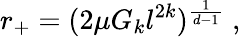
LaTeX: r_{+}=(2\mu G_{k}l^{2k})^{\frac{1}{d-1}}\; ,